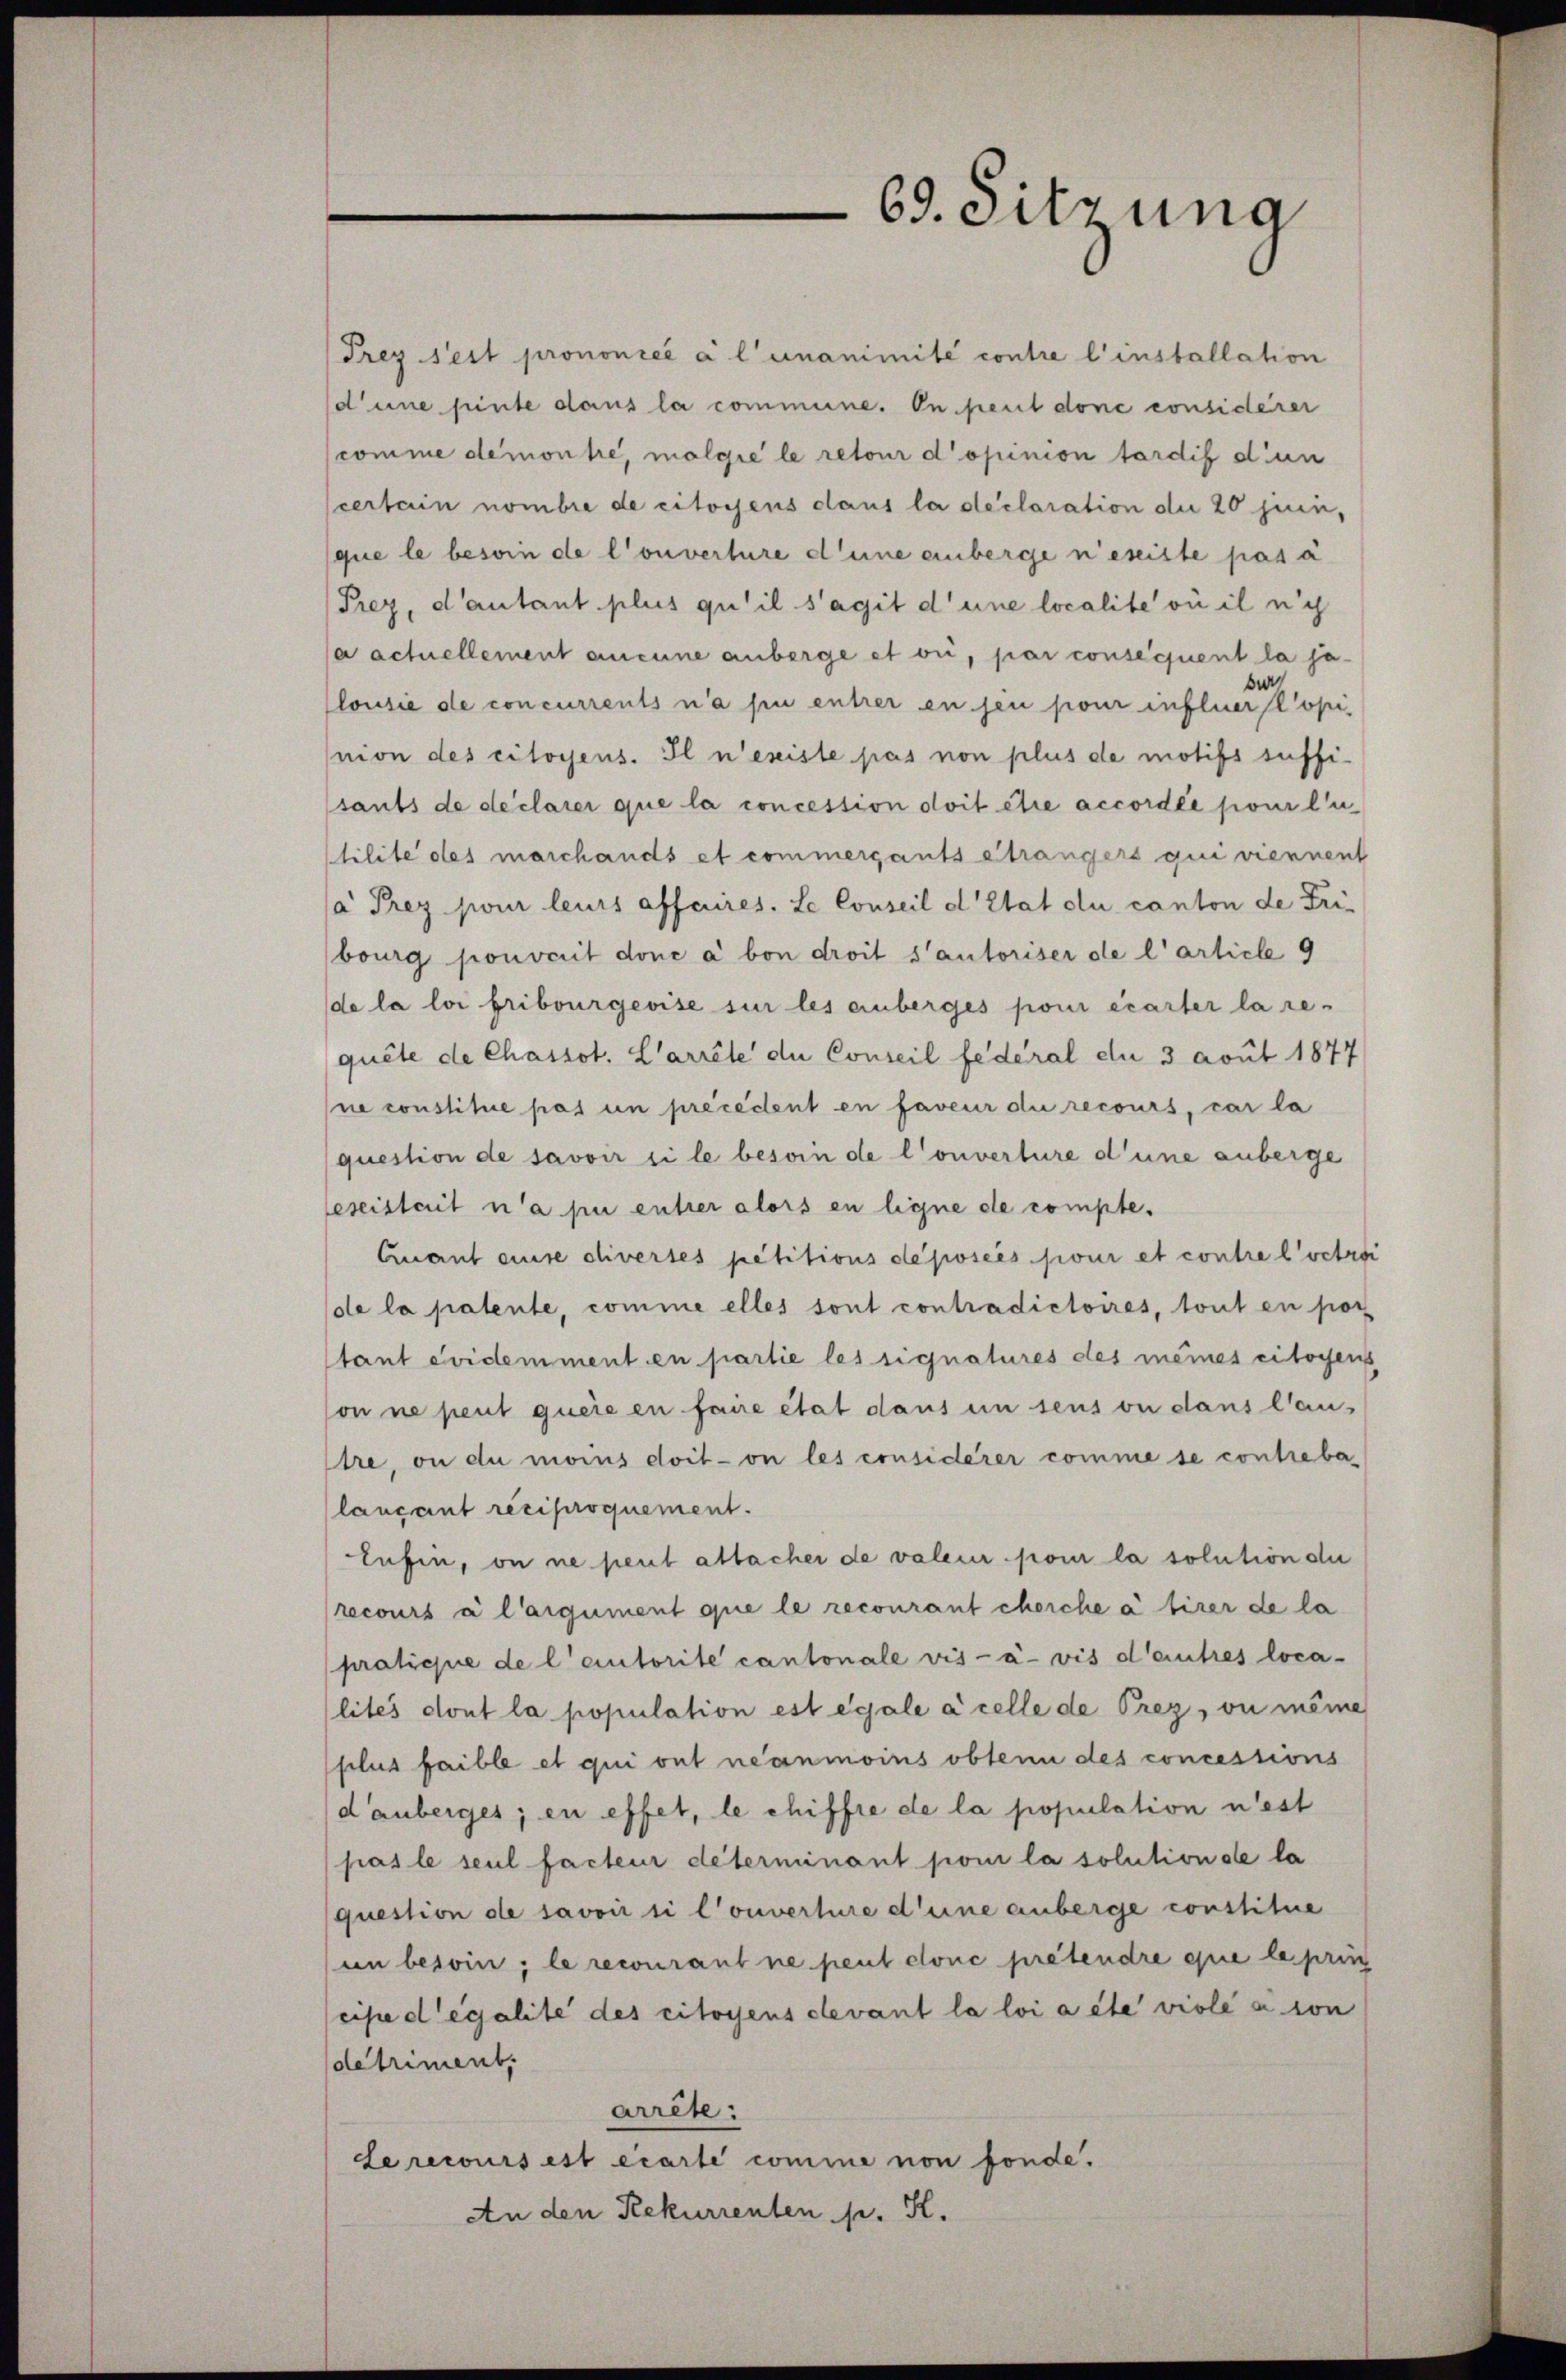
Prez seit prononcé à l’unanimité contre l’installation
d’une pinte dans la commune. On peut done considerer
comme demonte, molgie le retour d’opinion tardif d’un
scertain nombre de citoyens dans la déclaration die 20 juin,
que le besoin de l’ouverture d’une anberge nesiste pas à
Prez, d’autant plus qu’il s’agit d’une localite où il nich
/a actuellement aneine anberge et ou, par consequent la je-
e
lousie de concurrents n’a pu entrer en jen pour influerstopi
mon des citoyens. Il n’existe pas non plus de motifs suffi-
sants de declarer que la concession doit être accordée pour l’u
tilite des marchands et commergants étrangers qui viennent
a Prez pour leurs affaires. Le Conseil d’Etat du canton de Tribourg pouvait donc a von droit sautoriser de l’article 9
de la loi fribourgeoise sur les einberges pour écarter la re-
quête de Chassot. L’arrête du Conseil fédéral du 3 avut 1877
ne constitue pas un précédent en faveur die recours, car la
question de savoir si le besoin de Converture d’une anberge
eseistait n’a pu entrer alors en ligne de compte.
Quant ause divertes petitions déposées pour et contre l’vetrai
de la patente, comme elles sont contradictoires, tout en por
stant évidemment en partie les signatures des meines citoyens
on ne peut quere en faire état dans in sens ou dans laus
tre, ou du moins doit on les considerer comme se contrebe
lancant reciproquement.
lahin, on ne peut attacher de valeur pour la solution di
recours à l’argument que le recourant chorche à tirer de la
pratique de l’autorite cantonale vis-à-vis d’autres loca-
lités dont la population est égale à celle de Prez, ou même
plus faible et qui ont néanmoins obtenu des concessions
dauberges; en effet, le chiffre de la population n’est
pas le seul facteur déterminant pour la solution de la
question de savoir si l’ouverture deine anberge constitue
un besoin; le recourant ne peut conc pretendre que le prin
cise degalite des citoyens devant la loi a été viole a con
detriment.
arrête:
Le recours est écarte comme non fonde.
An den Rekurrenten p. St.

69. Sitzung